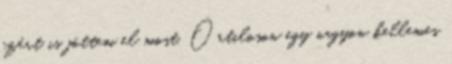
ezért is jöttem el most. Őrtiloson egy nagyon kellemes